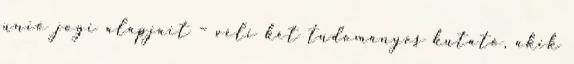
unió jogi alapjait – véli két tudományos kutató, akik